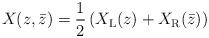
LaTeX: \begin{align*}X(z,\bar z) = \frac{1}{2}\left(X_{\rm L}(z) + X_{\rm R}(\bar z)\right)\end{align*}